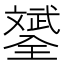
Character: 𣁦